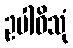
ဥပါဝိသုံ